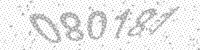
Solution: 080181